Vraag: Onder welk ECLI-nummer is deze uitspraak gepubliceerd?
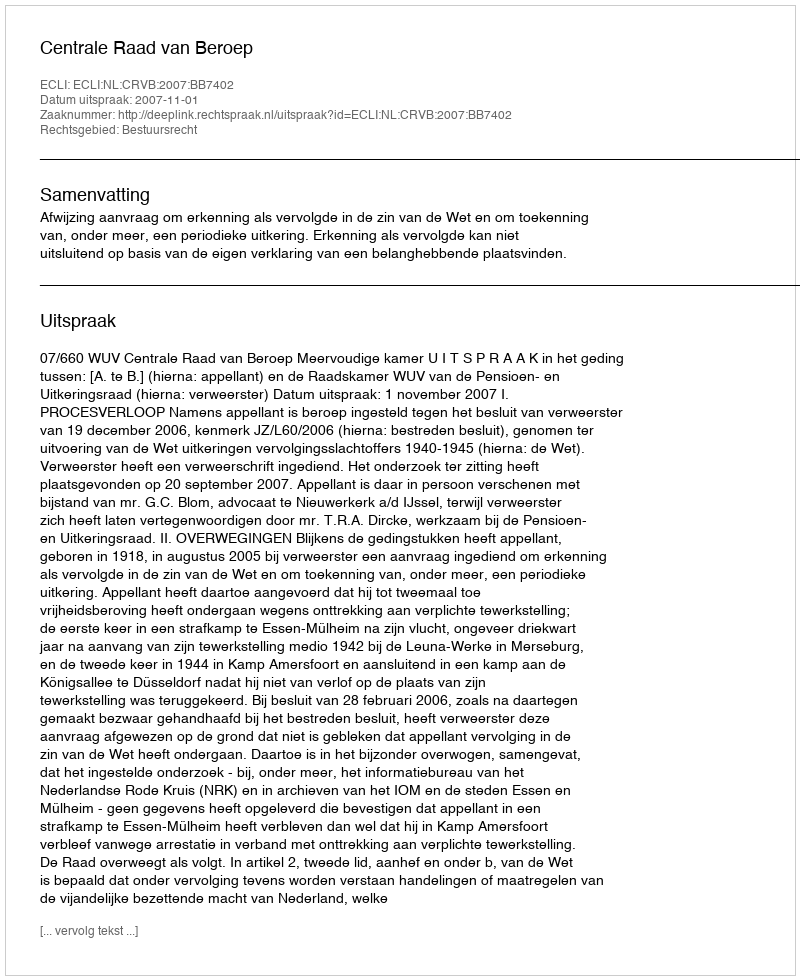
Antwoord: ECLI:NL:CRVB:2007:BB7402